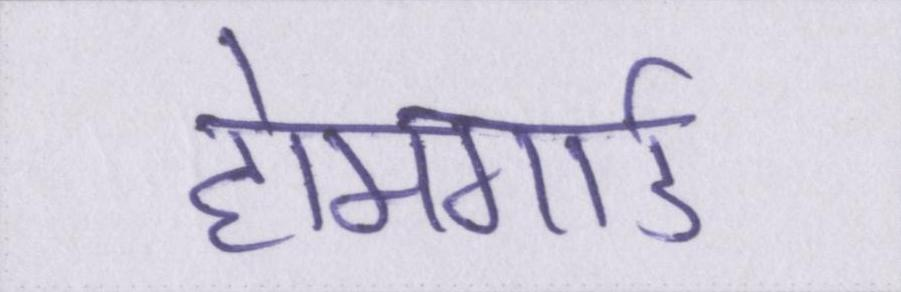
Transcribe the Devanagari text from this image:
होमगार्ड